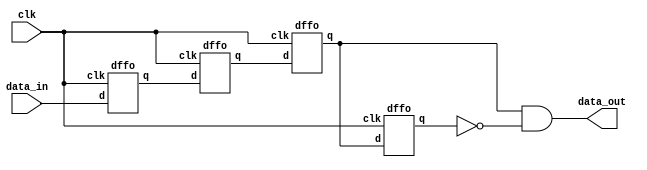
/************************************

2021/03/23
14DU1U2U3U4
      2U3U4q3&~q4
	  3U2
***************************************************/
module edge_detection(clk,data_in,data_out);

input clk;
input data_in;
output data_out;

wire q1,q2,q3,q4;

dffo U1 (clk,data_in,q1, );
dffo U2 (clk,q1,q2, );
dffo U3 (clk,q2,q3, );
dffo U4 (clk,q3,q4, );

assign data_out = q3&~q4;

endmodule


/****************D************************

2021/03/23

***************************************************/
module dffo(clk,d,q,q_n);

input wire clk,d;
output reg q,q_n;

always@(posedge clk)
 begin
	q<=d;
    q_n<=~d;
 end

endmodule